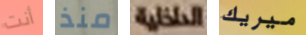
أنت منذ الداخلية ميريك